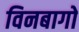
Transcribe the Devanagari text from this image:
विनबागो